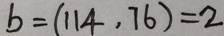
b = ( 1 1 4 , 7 6 ) = 2